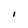
Character: I